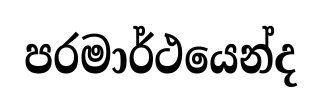
පරමාර්ථයෙන්ද